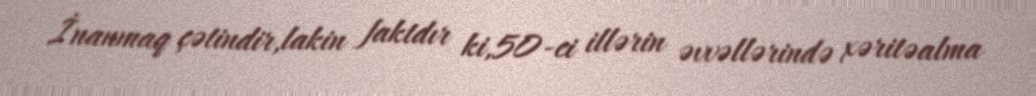
İnanmaq çətindir,lakin faktdır ki,50-ci illərin əvvəllərində xəritəalma